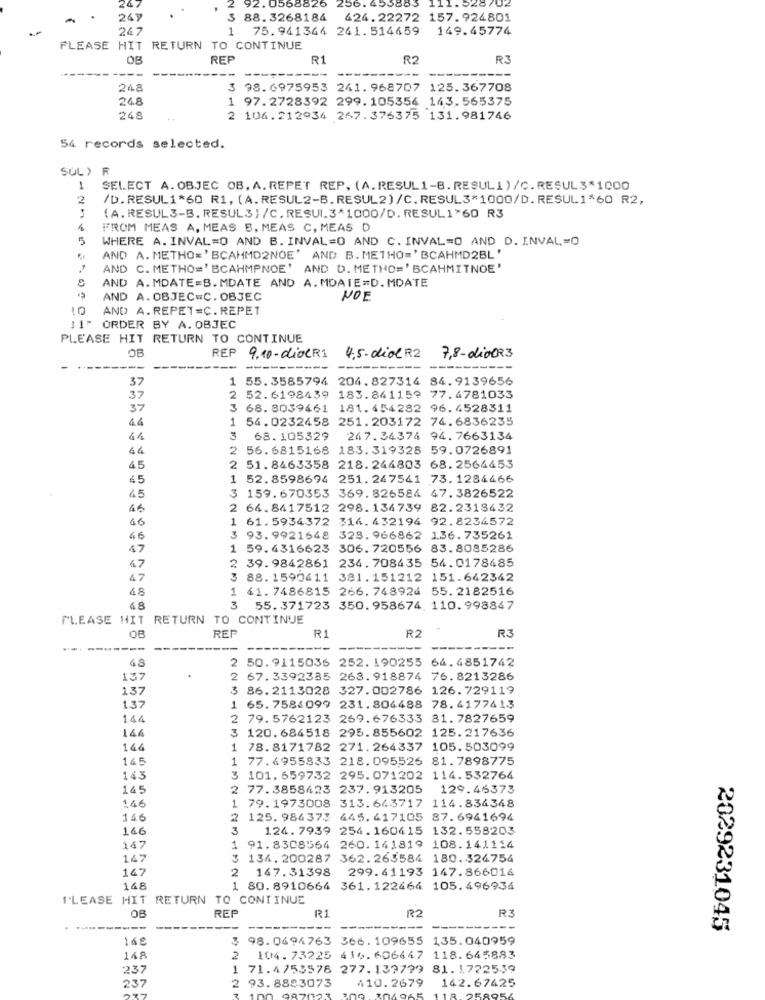
2 92.0568826
249
3 88.3268184 424.22272 157.924801
247
1 75.941344 261.514659 149.45774
PLEASE HIT RETURN TO CONTINUE
OB
REF
R1
R2
R3
---
248
3 98.6975953 241.968707 125.367708
248
1 97.2728392 299. 105354 143.565375
248
2 104.212934 267.376375 131.981746
54 records selected.
SUL) F
1
SELECT A. OBJEC OB. A. REPET REP, (A.RESUL1-B. RESULI ) /C. RESUL3*1000
2
/D.RESUL1*60 R1, (A.RESUL2-B.RESUL2)/C.RESUL3*1000/D.RESUL1*60 R2,
(A. RESUL3-B. RESUL3 ) /C. RESUL.3*1000/D. RESUL 1*60 R3
1
FROM MEAS A, MEAS B, MEAS C, MEAS D
5
WHERE A. INVAL=0 AND B. INVAL=O AND C. INVAL=0 AND D. INVAL=0
AND A. METHO=' BCAHMD2NOE' AND B. METHO=' BCAHMD2BL'
AND C. METHO=' BCAHMPNOE' AND D. METHO=' BCAHMITNOE'
AND A. MDATE=B. MDATE AND A.MDATE=D. MDATE
AND A. OBJEC=C. OBJEC
NOE
AND A. REPET=C. REPET
11" ORDER BY A. OBJEC
PLEASE HIT RETURN TO CONTINUE
REP
9.10-dioeRI
4,5-diol R2
7,8-di0023
37
1
55.3585794 204.827314 84.9139656
37
2
52.6198439 183.841159 77.4781033
37
3
68. 8039461 181. 454282 96. 4528311
44
1 54.0232458 251.203172 74.6836235
3
68. 105329 247.34374 94.7663134
44
2 56.6815168 183. 319328 59.0726891
45
2 51.8463358 218.244803 68. 2564453
45
1 52.8598694 251.247541 73.1284466
45
3 159.670353 369. 826584 47.3826522
46
2 64.8417512 298.134739 82.2318432
1 61.5934372 316.432194 92.8234572
40
46
3 93.9921648 328.966862 136.735261
47
1 59.4316623 306.720556 83.8085286
2 39.9842861 234.708435 54.0178485
67
47
3 88. 1590411 381.151212 151.642342
48
1 41. 7486815 266. 748924 55. 2182516
3
48
55. 371723 350. 958674. 110. 998847
PLEASE HIT RETURN TO CONTINUE
REF
R
R2
R3
48
2 50.9115036 252. 190255 64.4851742
137
2
67. 3392385 263. 918874 76.8213286
137
3 86.2113028 327.002786 126.729119
1.37
1 65.7584099 231.804488 78.4177413
144
2 79. 5762123 269.676333 81.7827659
146
3 120.684518 295.855602 125.217636
144
1 78.8171782 271.264337 105.503099
145
1 77.4955833 218. 095526 81.7898775
143
3 101. 659732 295. 071202 114.532764
145
2 77.3858423 237.913205 129.46373
1.46
1 79.1973008 313.643717 114.834348
146
2
125. 986375
445. 417105 87.6941694
146
3
124. 7939 254.160415 132.558203
147
1
91.8308564 260. 141819 108.141114
147
3
134. 200287 362.263584 180.324754
147
2 147.31398 299.41193 147.866016
148
1 80.8910664 361.122464 105.496936
PLEASE HIT RETURN TO CONTINUE
R1
R2
R3
OB
REF
-------
2029231045
148
3
98.0694763 366. 109655 135.040959
2
104. 73225 416.606447 118.645883
237
71.4/53576 277.137779 81.1722539
237
2 93.8883073
410.2679
142.67425